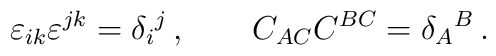
\varepsilon_{ik}\varepsilon^{jk} = \delta _i{}^j\,,\qquad C_{AC} C^{BC} =   \delta_A{}^B \,.